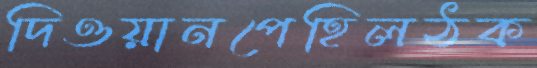
দিওয়ানপেহিলঠক